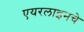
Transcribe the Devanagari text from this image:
एयरलाइनचे